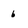
Character: 6